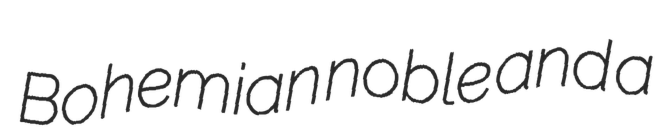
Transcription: Bohemian noble and a